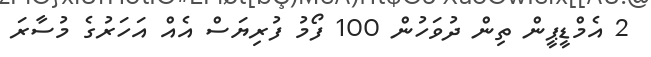
2 އެމްޑީޕީން ތިން ދުވަހުން 100 ފޯމު ފުރިޔަސް އެއް އަހަރުގެ މުސާރަ